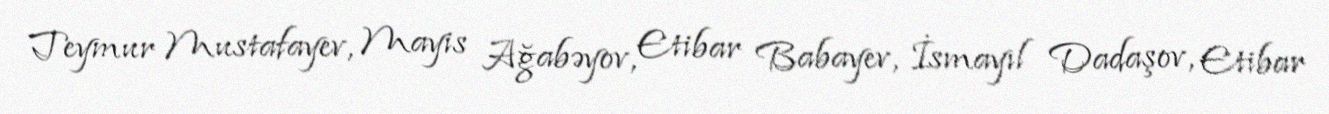
Teymur Mustafayev, Mayis Ağabəyov, Etibar Babayev, İsmayıl Dadaşov, Etibar